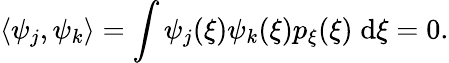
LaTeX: \langle\psi_{j},\psi_{k}\rangle=\int\psi_{j}(\xi)\psi_{k}(\xi)p_{\xi}(\xi)\; \mathrm{d}\xi=0.